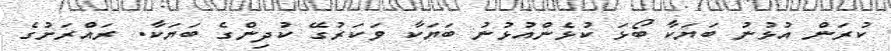
ކުރަން އުޅުނު ބަޔަކާ ބޯޅަ ކުޅެންއުޅުނު ބަޔަކާ ވަކަރުގޭ ކުދިންގެ ބަޔަކާ. ރައްރަށުގެ